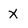
Character: X